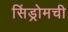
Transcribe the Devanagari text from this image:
सिंड्रोमची